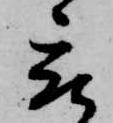
被